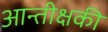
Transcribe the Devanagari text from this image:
आन्तीक्षकी